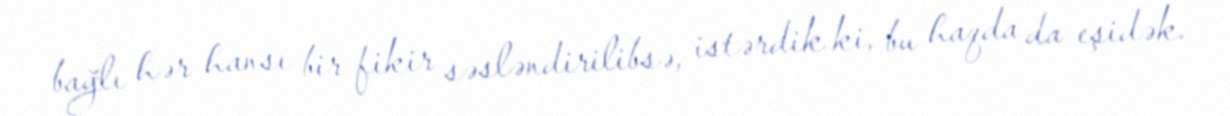
bağlı hər hansı bir fikir səsləndirilibsə, istərdik ki, bu haqda da eşidək.